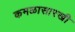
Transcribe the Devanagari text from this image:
कमळासारखी